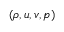
( \rho , u , v , p )